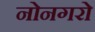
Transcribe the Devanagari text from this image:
नोनगरो